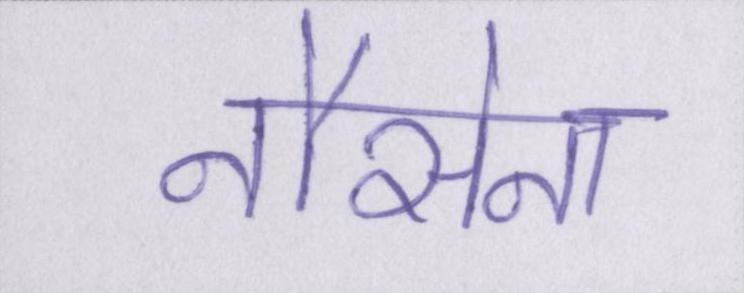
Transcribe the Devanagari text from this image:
नौसेना